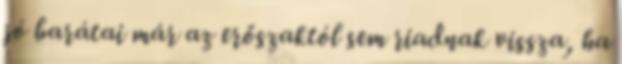
jó barátai már az erőszaktól sem riadnak vissza, ha